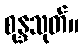
စုန္ဒသုတ်။